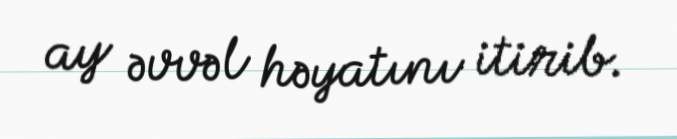
ay əvvəl həyatını itirib.